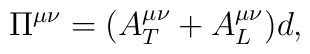
\Pi^{\mu\nu} = (A^{\mu\nu}_T + A^{\mu\nu}_L)d,